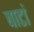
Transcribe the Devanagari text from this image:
बाटां